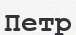
Петр